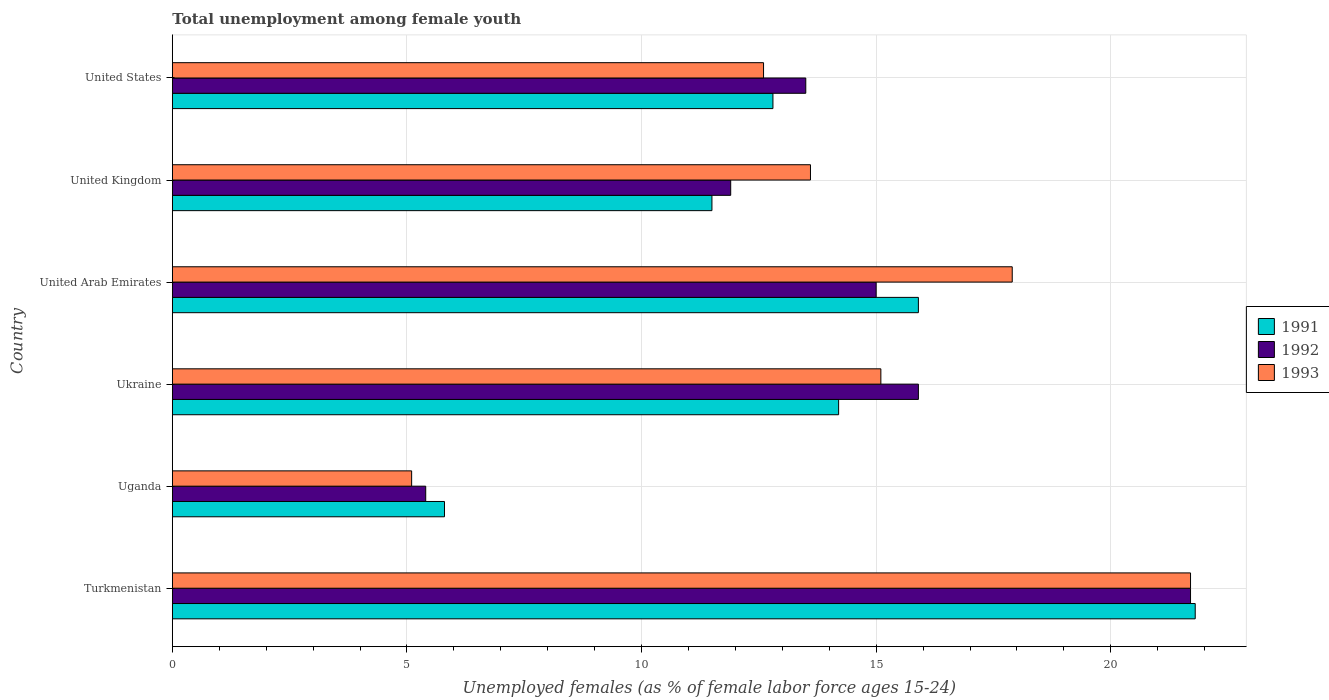
| Country | 1991 | 1992 | 1993 |
 | --- | --- | --- | --- |
 | Turkmenistan | 21.8 | 21.7 | 21.7 |
 | Uganda | 5.8 | 5.4 | 5.1 |
 | Ukraine | 14.2 | 15.9 | 15.1 |
 | United Arab Emirates | 15.9 | 15 | 17.9 |
 | United Kingdom | 11.5 | 11.9 | 13.6 |
 | United States | 12.8 | 13.5 | 12.6 |